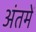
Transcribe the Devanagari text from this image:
अंतमें